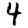
Digit: 4